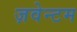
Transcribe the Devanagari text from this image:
ज़वेन्टम